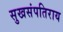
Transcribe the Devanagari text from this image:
सुखसंपतिराय